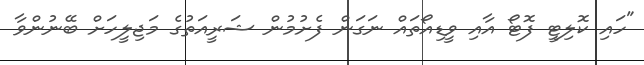
"ހައި ކޮލިޓީ ފޮޓޯ އާއި ވީޑިއޯތައް ނަގަން ފެށުމުން ޝަރީއަތުގެ މަޖިލީހަށް ބޭނުންވާ